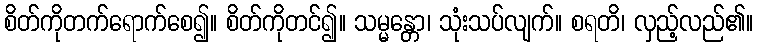
စိတ်ကိုတက်ရောက်စေ၍။ စိတ်ကိုတင်၍။ သမ္မန္တော၊ သုံးသပ်လျက်။ စရတိ၊ လှည့်လည်၏။